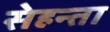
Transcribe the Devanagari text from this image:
सेहन्‍ता